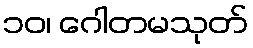
၁၀၊ ဂေါတမသုတ်